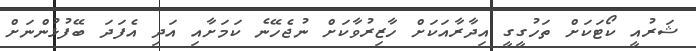
ޝަރުއީ ކޯޓަކަށް ތަހުގީގީ އިދާރާއަކަށް ހާޒިރުވާކަށް ނުޖެހޭނެ ކަމަށާއި އަދި އެފަދަ ބޭފުޅުންނަށް